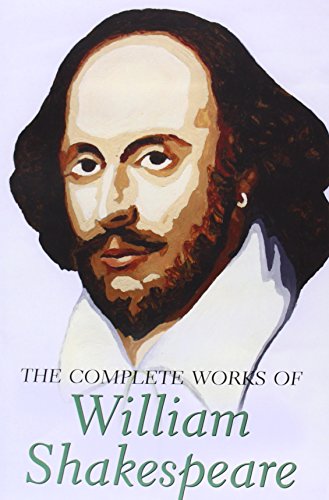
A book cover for The Complete Works of William Shakespeare (Wordsworth Royals Series); William Shakespeare; Literature & Fiction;